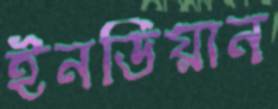
ইনডিয়ান